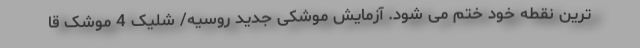
ترین نقطه خود ختم می شود. آزمایش موشکی جدید روسیه/ شلیک 4 موشک قا